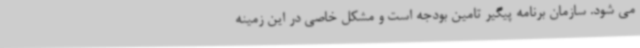
می شود. سازمان برنامه پیگیر تامین بودجه است و مشکل خاصی در این زمینه